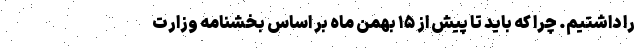
را داشتیم. چرا که باید تا پیش از ۱۵ بهمن ماه بر اساس بخشنامه وزارت